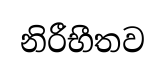
නිරීභීතව